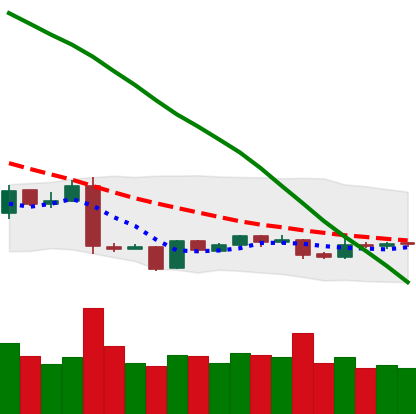
Ticker: EOS-USD
Chart end date: 2019-01-25
Forward return: -4.752%
Label: down_3_5